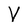
Character: V